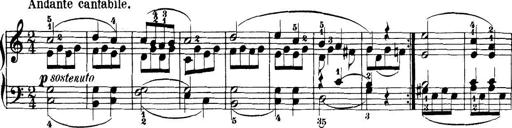
Title: 32 Sonatinas and Rondos for the Piano
Composer: Richard Kleinmichel